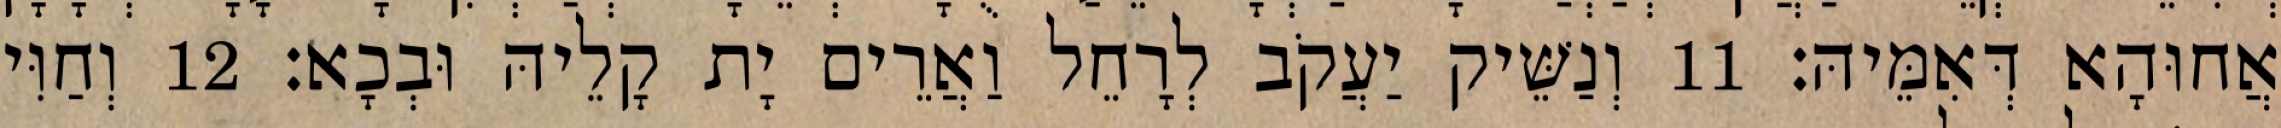
אֲחוּהָא דְּאִמֵּיהּ׃ 11 וְנַשֵּׁיק יַעֲקֹב לְרָחֵל וַאֲרֵים יָת קָלֵיהּ וּבְכָא׃ 12 וְחַוִּי